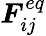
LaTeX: \boldsymbol{F}_{ij}^{eq}